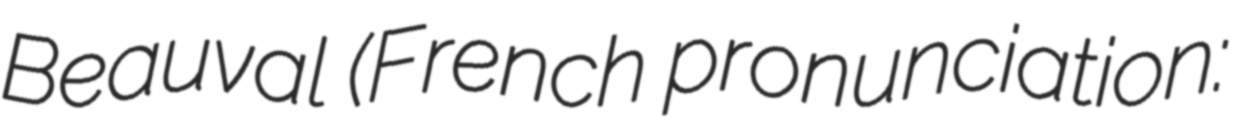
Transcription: Beauval (French pronunciation: